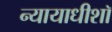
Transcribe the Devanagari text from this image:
न्यायाधीशॉ